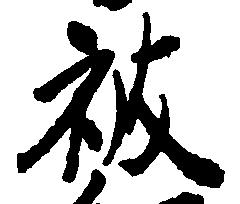
被